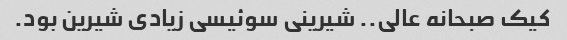
کیک صبحانه عالی.. شیرینی سوئیسی زیادی شیرین بود.